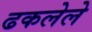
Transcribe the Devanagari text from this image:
ढकलेले